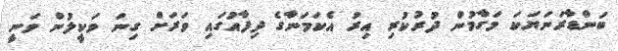
ބަންޑާރަނަޔަކަ މަގާމުން ދުރުކުރި އިރު އެކަމަނާގެ ދިފާއުގައި ވަރަށް ގިނަ ވަކީލުން ވަނީ